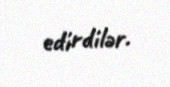
edirdilər.